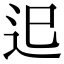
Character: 𨑖